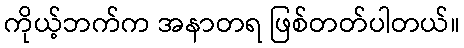
ကိုယ့်ဘက်က အနာတရ ဖြစ်တတ်ပါတယ်။